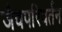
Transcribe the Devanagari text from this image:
जैवपरिवर्तन